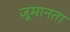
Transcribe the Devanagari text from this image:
जूमानता